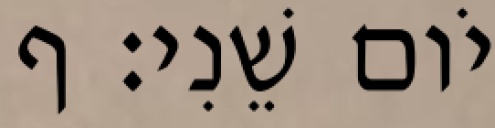
יֹום שֵׁנִי׃ ף